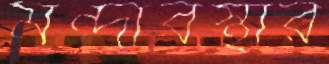
মন্দাবস্থার